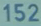
152